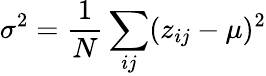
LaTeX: \sigma^{2}=\frac{1}{N}\sum_{ij}(z_{ij}-\mu)^{2}